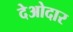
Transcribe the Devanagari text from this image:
देओदार